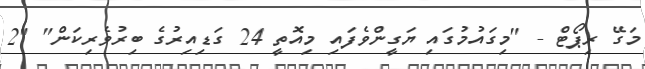
މަގޭ ރިޕޯޓް - "މިގައުމުގައި ޔަގީންވެފައި މިއޮތީ 24 ގަޑިއިރުގެ ބިރުވެރިކަން" "2